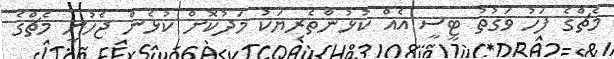
މެޗްގެ ފަހު ވަގުތު ޓީސީ އެއް ކުޅުންތެރިޔަކު މަދުކޮށް ކުޅެން ޖެހުނީ މެޗްގެ